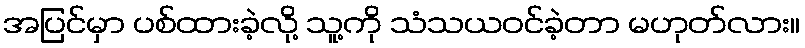
အပြင်မှာ ပစ်ထားခဲ့လို့ သူ့ကို သံသယဝင်ခဲ့တာ မဟုတ်လား။